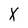
Character: X